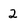
Character: 2